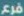
فرع